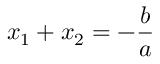
x _ { 1 } + x _ { 2 } = - { \frac { b } { a } }